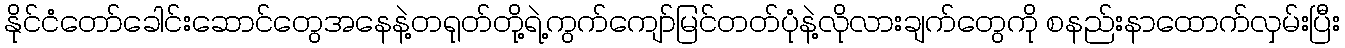
နိုင်ငံတော်ခေါင်းဆောင်တွေအနေနဲ့တရုတ်တို့ရဲ့ကွက်ကျော်မြင်တတ်ပုံနဲ့လိုလားချက်တွေကို စနည်းနာထောက်လှမ်းပြီး